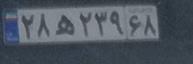
۲۸ه۲۳۹۶۸